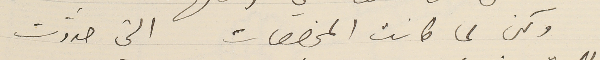
ولكن لما كانت المخصصات التي حدّدت